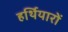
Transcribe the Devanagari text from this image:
हर्थियारों